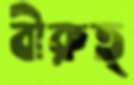
বীরুত্